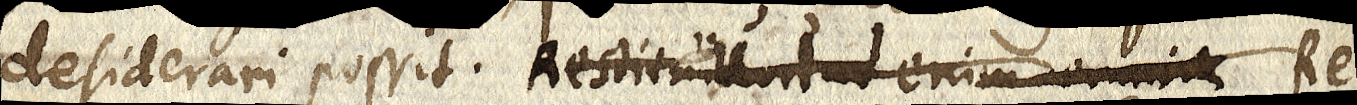
desiderari possit. Restituunt ad enim omnia Re.